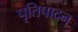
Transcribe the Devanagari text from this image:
पृतिपादन